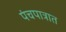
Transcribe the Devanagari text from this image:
पंचपात्रात